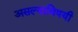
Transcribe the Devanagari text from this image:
असल्याविषयी